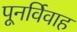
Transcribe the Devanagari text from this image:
पूनर्विवाह